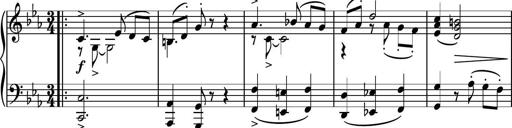
Title: Piano Sonatina No.5
Composer: Dimitri Sykias
Key: C minor